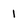
Character: 1